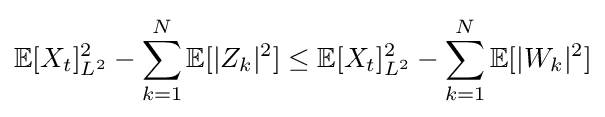
{\displaystyle \mathbb {E} [X_{t}]_{L^{2}}^{2}-\sum _{k=1}^{N}\mathbb {E} [|Z_{k}|^{2}]}\leq {\displaystyle \mathbb {E} [X_{t}]_{L^{2}}^{2}-\sum _{k=1}^{N}\mathbb {E} [|W_{k}|^{2}]}